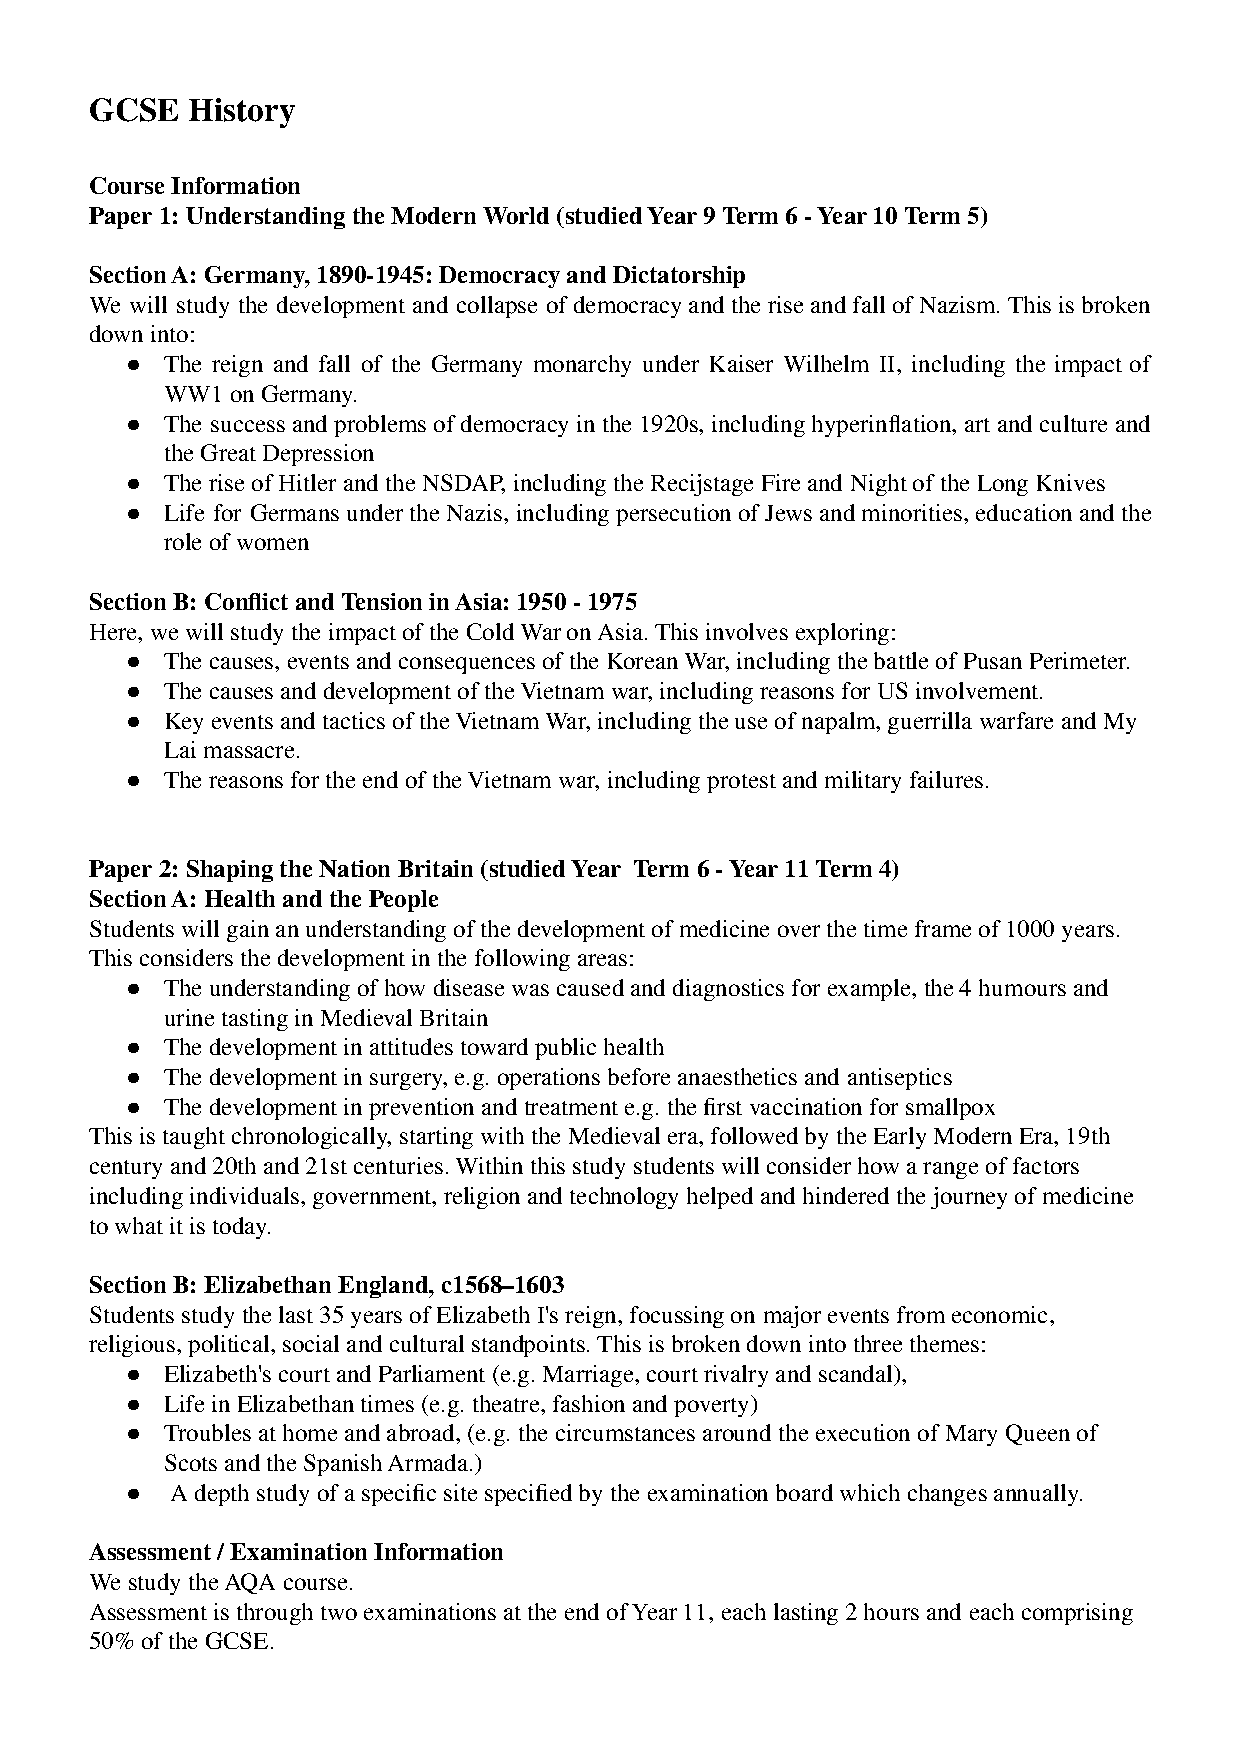
GCSE  History
 Course Information
 Paper 1: Understanding the Modern World (studied Year 9 Term 6 - Year 10 Term 5)
 Section A: Germany, 1890-1945: Democracy and Dictatorship
 We will study the development and collapse of democracy and the rise and fall of Nazism. This is broken
 down into:
 ●  The reign and fall of the Germany monarchy under Kaiser Wilhelm II, including the impact of
 WW1 on Germany.
 ●  The success and problems of democracy in the 1920s, including hyperinflation, artand culture and
 the Great Depression
 ●  The rise of Hitler and the NSDAP, including the Recijstage Fire and Night of the Long Knives
 ●  Life for Germans under the Nazis, including persecution of Jews and minorities, education andthe
 role of women
 Section B: Conflict and Tension in Asia: 1950 - 1975
 Here, we will study the impact of the Cold War on Asia. This involves exploring:
 ●  The causes, events and consequences of the Korean War, including the battle of Pusan Perimeter.
 ●  The causes and development of the Vietnam war, including reasons for US involvement.
 ●  Key events and tactics of the Vietnam War, including the use of napalm, guerrilla warfare and My
 Lai massacre.
 ●  The reasons for the end of the Vietnam war, including protest and military failures.
 Paper 2: Shaping the Nation Britain (studied Year Term 6 - Year 11 Term 4)
 Section A: Health and the People
 Students will gain an understanding of the development of medicine over the time frame of 1000 years.
 This considers the development in the following areas:
 ●  The understanding of how disease was caused and diagnostics for example, the 4 humours and
 urine tasting in Medieval Britain
 ●  The development in attitudes toward public health
 ●  The development in surgery, e.g. operations before anaesthetics and antiseptics
 ●  The development in prevention and treatment e.g. the first vaccination for smallpox
 This is taught chronologically, starting with the Medieval era, followed by the Early Modern Era, 19th
 century and 20th and 21st centuries. Within this study students will consider how a range of factors
 including individuals, government, religion and technology helped and hindered the journey of medicine
 to what it is today.
 Section B: Elizabethan England, c1568–1603
 Students study the last 35 years of Elizabeth I's reign, focussing on major events from economic,
 religious, political, social and cultural standpoints. This is broken down into three themes:
 ●  Elizabeth's court and Parliament (e.g. Marriage, court rivalry and scandal),
 ●  Life in Elizabethan times (e.g. theatre, fashion and poverty)
 ●  Troubles at home and abroad, (e.g. the circumstances around the execution of Mary Queen of
 Scots and the Spanish Armada.)
 ●  A depth study of a specific site specified by the examination board which changes annually.
 Assessment / Examination Information
 We study the AQA course.
 Assessment is through two examinations at the end of Year 11, each lasting 2 hours and each comprising
 50% of the GCSE.